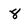
Character: 8